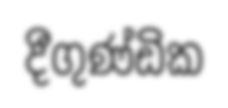
දීගුණ්ඩික